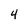
Character: 4